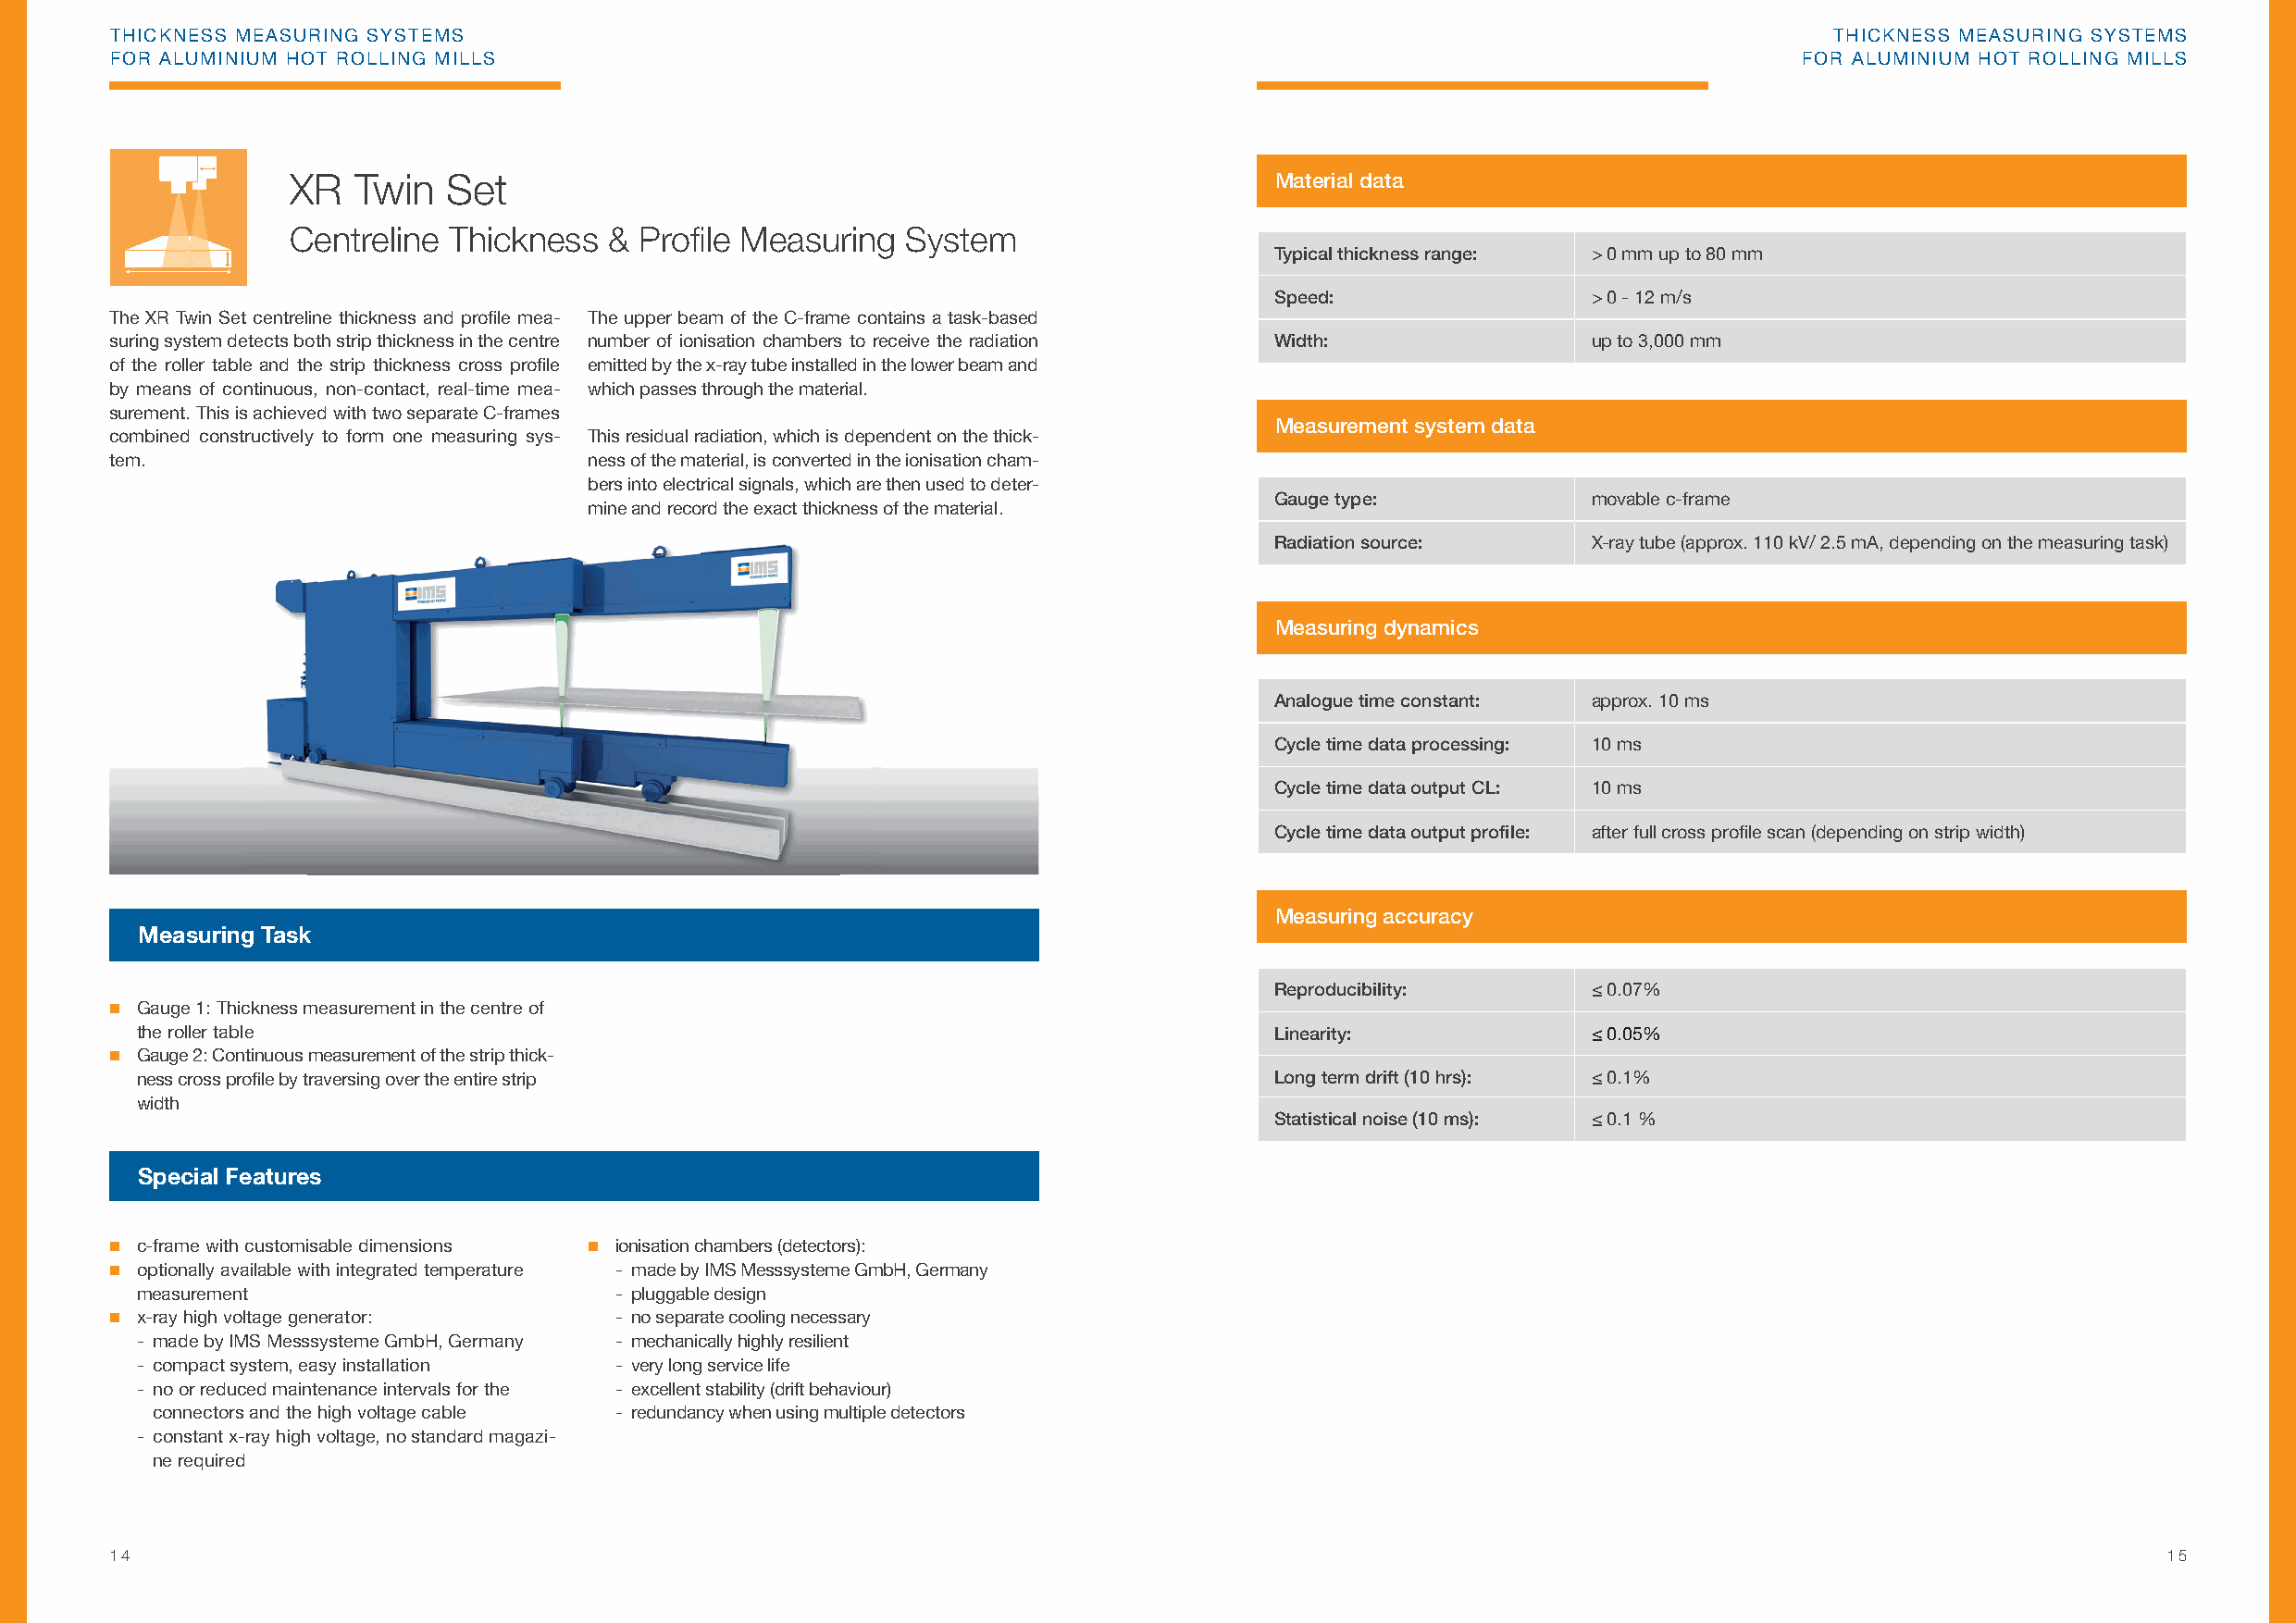
THICKNESS MEASURING SYSTEMS                                                                                                THICKNESS MEASURING SYSTEMS
 FOR ALUMINIUM HOT ROLLING MILLS                                                                                          FOR ALUMINIUM HOT ROLLING MILLS
 XR  Twin   Set                                                        Material data
 Centreline Thickness  &  Profi le Measuring System
 Typical thickness range: > 0 mm up to 80 mm
 Speed:                 > 0 - 12 m/s
 The XR Twin Set centreline thickness and profi le mea- The upper beam of the C-frame contains a task-based
 suring system detects both strip thickness in the centre number of ionisation chambers to receive the radiation Width: up to 3,000 mm
 of the roller table and the strip thickness cross profi le emitted by the x-ray tube installed in the lower beam and
 by means of continuous, non-contact, real-time mea- which passes through the material.
 surement. This is achieved with two separate C-frames
 Measurement system data
 combined constructively to form one measuring sys- This residual radiation, which is dependent on the thick-
 tem.                              ness of the material, is converted in the ionisation cham-
 bers into electrical signals, which are then used to deter-
 Gauge type:            movable c-frame
 mine and record the exact thickness of the material.
 Radiation source:      X-ray tube (approx. 110 kV/ 2.5 mA, depending on the measuring task)
 Measuring dynamics
 Analogue time constant: approx. 10 ms
 Cycle time data processing: 10 ms
 Cycle time data output CL: 10 ms
 Cycle time data output profi le: after full cross profi le scan (depending on strip width)
 Measuring accuracy
 Measuring Task
 Reproducibility:       ≤ 0.07%
  Gauge 1: Thickness measurement in the centre of
 the roller table                                                                 Linearity:             ≤ 0.05%
  Gauge 2: Continuous measurement of the strip thick-
 ness cross profi le by traversing over the entire strip                          Long term drift (10 hrs): ≤ 0.1%
 width
 Statistical noise (10 ms): ≤ 0.1 %
 Special Features
  c-frame with customisable dimensions  ionisation chambers (detectors):
  optionally available with integrated temperature - made by IMS Messsysteme GmbH, Germany
 measurement                       - pluggable design
  x-ray high voltage generator:     - no separate cooling necessary
 - made by IMS Messsysteme GmbH, Germany - mechanically highly resilient
 - compact system, easy installation - very long service life
 - no or reduced maintenance intervals for the - excellent stability (drift behaviour)
 connectors and the high voltage cable - redundancy when using multiple detectors
 - constant x-ray high voltage, no standard magazi-
 ne required
 14                                                                                                                                                 15